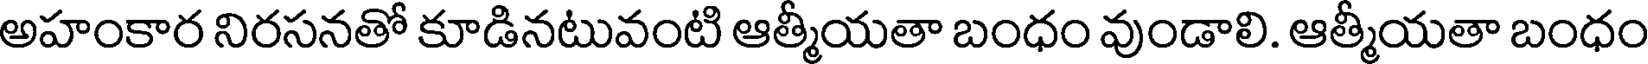
అహంకార నిరసనతో కూడినటువంటి ఆత్మీయతా బంధం వుండాలి. ఆత్మీయతా బంధం